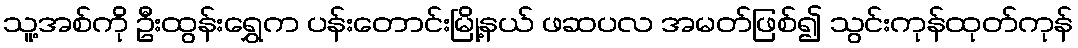
သူ့အစ်ကို ဦးထွန်းရွှေက ပန်းတောင်းမြို့နယ် ဖဆပလ အမတ်ဖြစ်၍ သွင်းကုန်ထုတ်ကုန်